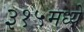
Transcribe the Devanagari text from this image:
३१५मध्ये